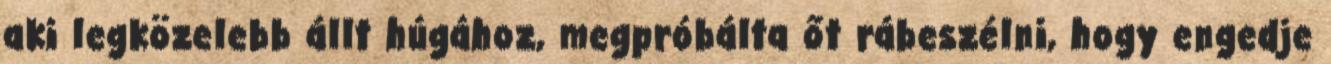
aki legközelebb állt húgához, megpróbálta őt rábeszélni, hogy engedje